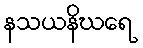
နသယနိဃရေ